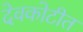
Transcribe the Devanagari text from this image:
देवकोटीत